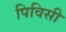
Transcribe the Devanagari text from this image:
पिविसी